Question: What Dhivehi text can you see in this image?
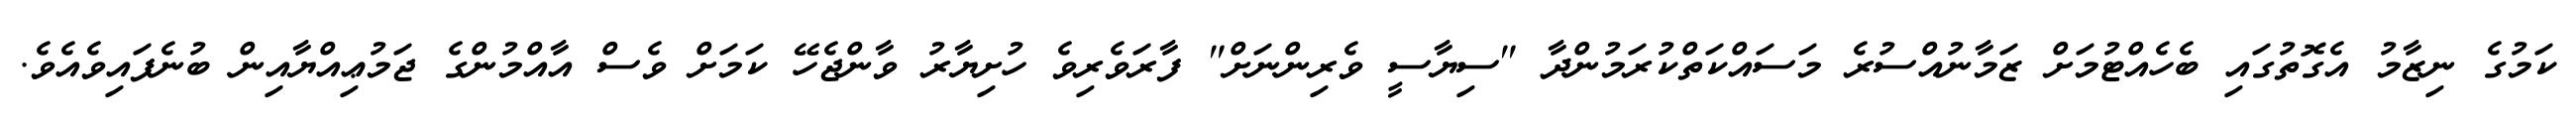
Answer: ކަމުގެ ނިޒާމު އެގޮތުގައި ބެހެއްޓުމަށް ޒަމާނުއްސުރެ މަސައްކަތްކުރަމުންދާ "ސިޔާސީ ވެރިންނަށް" ފާރަވެރިވެ ހުށިޔާރު ވާންޖެހޭ ކަމަށް ވެސް އާއްމުންގެ ޖަމުޢިއްޔާއިން ބުނެފައިވެއެވެ.